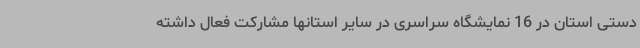
دستی استان در 16 نمایشگاه سراسری در سایر استانها مشارکت فعال داشته